Tezpur Lunatic Asylum reports 1877-1894 - 1877-1894
Year: 1877
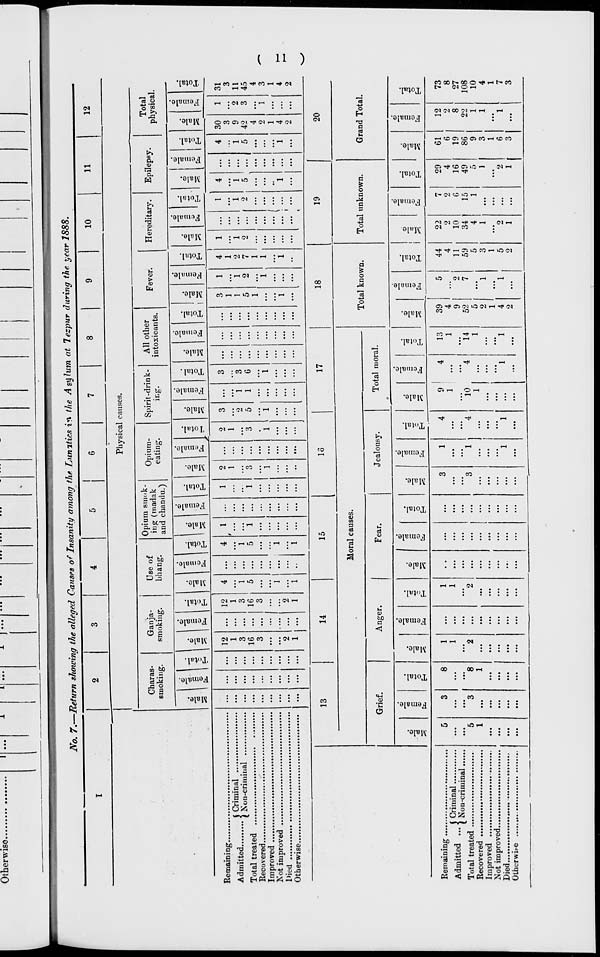
Otherwiso.
,...
————
1
'
■'■
No. 7.-Return shozving the alleged Causes o'Insanity among the Lunatics in the A *$ lum at lezpur during the year 1888.
8
10
11
12
Physical causes.
Charas-
sinoking.
Ganja-
smoking.
Use of
bhanff.
Opium smok-
ing (Tnadak
and chandu.)
Opium-
eating.
Spirit-drink-
All other
intoxicants.
Fever.
©
"3
©
"3
©
fa
'eS
o
"3
o
fa I H
"3
*3
"o
H
©
©
"3
li
fa
Remaining.
Admitted..,
j Criminal
'* ( Non-criminal
Total treated
Recovered
Improved
Not improved
l»ied
Otherwise
^
©
eS
s
©
fa
43
3
0)
©
fa
o
"3
b
iitary.
Epilepsy •
©
©
_©
~3 "3
V
o • 1 - 3 ■S
fa
H 1 ^
fa
H
Total
physical.
©
"3
©
"3
c
3
c3
12
1
3
16
3
12
1
3
16
3
2
1
o
1
*3
1
3
0
3
1
1
5
1
'
1
4
4 30
1
...
...
3 ...
1
1
1
9
2
2
5
5 42
3
4
...
...
...
2
1
...
..
1
\
1
1
4 ...
1
...
2 ...
31
3
11
45
4
3
1
4
2
13
14
15
13
17
18
19
20
Moral causes.
Grief.
©
"3
o
s
o
fa
o
EH
©
"3
Anger
.2
*3
,_;
a
V
fa
f-»
Fear.
Jealousy.
Total moral.
Total known.
Total unknown.
Grand Total.
©
"3
©
"3
S
©
fa
o
©
3
©
eS
g
©
fa
©
CS
©
fa
©
©
©
fa
©
«
fa
o
H
J2
"3
©
"3
c
©
fa
a
-*■»
o
H
Remaining
.,.,,,
( Criminal
Admitted ... | Nou _ criluinal
Total treated
Recovered
Improved
Not improved
Died
Otherwii-e
5
3
8
1
1
...
...
...
1
1
...
...
...
...
...
5
3
8
2
2
1
...
1
...
...
...
...
...
...
...
...
...
...
...
...
...
...
9
1
'fo
1
13
39
5
44
22
7
29
61
12
1
4
4
2
2
4
6
2
9
2
11
10
6
16
19
8
14
52
7
59
34
15
49
86
22
1
5
5
4
1
5
9
1
...
2
1
3
1
...
1
3
1
...
1
...
1
...
...
...
1
1
4
1
5
2
2
6
1
...
2
...
2
1
...
1
3
...
73
8
27
108
10
4
1
7
3